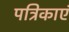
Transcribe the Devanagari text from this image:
पत्रिकाएं